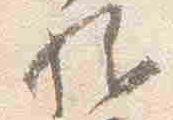
駈